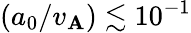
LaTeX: (a_{0}/v_{\mathbf{A}})\lesssim10^{-1}